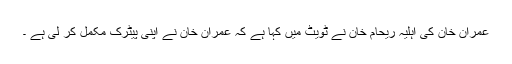
عمران خان کی اہلیہ ریحام خان نے ٹویٹ میں کہا ہے کہ عمران خان نے اپنی پیٹرک مکمل کر لی ہے ۔